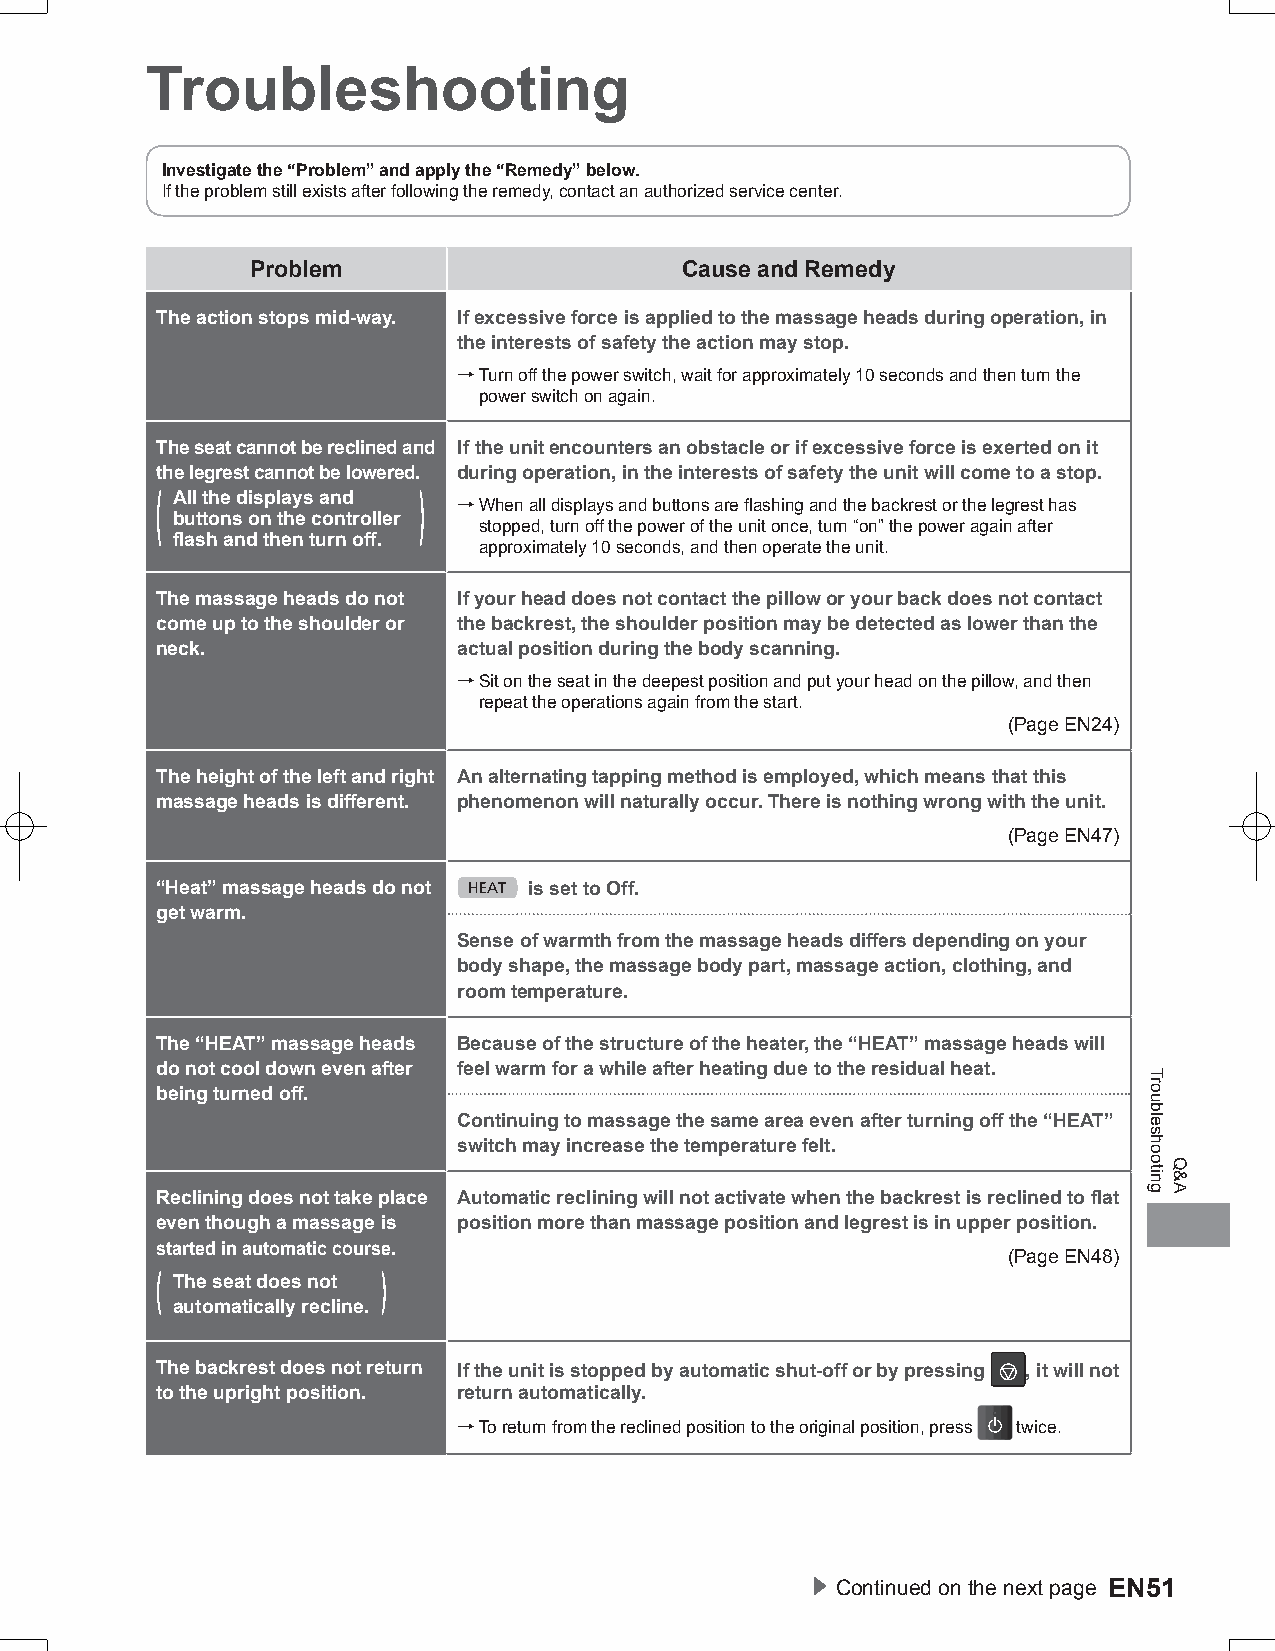
Troubleshooting
 Investigate the “Problem” and apply the “Remedy” below.
 If the problem still exists after following the remedy, contact an authorized service center.
 Problem                     Cause and Remedy
 The action stops mid-way. If excessive force is applied to the massage heads during operation, in
 the interests of safety the action may stop.
 → Turn off the power switch, wait for approximately 10 seconds and then turn the
 power switch on again.
 The seat cannot be reclined and If the unit encounters an obstacle or if excessive force is exerted on it
 the legrest cannot be lowered. during operation, in the interests of safety the unit will come to a stop.
 ( All the displays and )
 → When all displays and buttons are flashing and the backrest or the legrest has
 buttons on the controller
 stopped, turn off the power of the unit once, turn “on” the power again after
 flash and then turn off.
 approximately 10 seconds, and then operate the unit.
 The massage heads do not If your head does not contact the pillow or your back does not contact
 come up to the shoulder or the backrest, the shoulder position may be detected as lower than the
 neck.               actual position during the body scanning.
 → Sit on the seat in the deepest position and put your head on the pillow, and then
 repeat the operations again from the start.
 (Page EN24)
 The height of the left and right An alternating tapping method is employed, which means that this
 massage heads is different. phenomenon will naturally occur. There is nothing wrong with the unit.
 (Page EN47)
 “Heat” massage heads do not is set to Off.
 get warm.
 Sense of warmth from the massage heads differs depending on your
 body shape, the massage body part, massage action, clothing, and
 room temperature.
 The “HEAT” massage heads Because of the structure of the heater, the “HEAT” massage heads will
 do not cool down even after feel warm for a while after heating due to the residual heat.
 being turned off.
 Continuing to massage the same area even after turning off the “HEAT”
 switch may increase the temperature felt.
 Reclining does not take place Automatic reclining will not activate when the backrest is reclined to flat
 even though a massage is position more than massage position and legrest is in upper position.
 started in automatic course.
 (Page EN48)
 ( The seat does not )
 automatically recline.
 The backrest does not return If the unit is stopped by automatic shut-off or by pressing , it will not
 to the upright position. return automatically.
 → To return from the reclined position to the original position, press twice.
 ▶ Continued on the next page EN51
 Troubleshooting
 Q&A